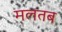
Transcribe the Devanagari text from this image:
मलतब